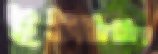
ইউসিসির